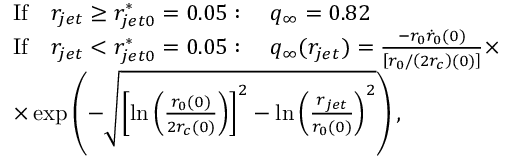
\begin{array} { r l } & { \mathrm { I f } \quad r _ { j e t } \geq r _ { j e t 0 } ^ { * } = 0 . 0 5 : \quad q _ { \infty } = 0 . 8 2 } \\ & { \mathrm { I f } \quad r _ { j e t } < r _ { j e t 0 } ^ { * } = 0 . 0 5 : \quad q _ { \infty } ( r _ { j e t } ) = \frac { - r _ { 0 } \dot { r } _ { 0 } ( 0 ) } { \left[ r _ { 0 } / \left( 2 r _ { c } \right) ( 0 ) \right] } \times } \\ & { \times \exp \left( - \sqrt { \left[ \ln \left( \frac { r _ { 0 } ( 0 ) } { 2 r _ { c } ( 0 ) } \right) \right] ^ { 2 } - \ln \left( \frac { r _ { j e t } } { r _ { 0 } ( 0 ) } \right) ^ { 2 } } \right) , } \end{array}